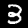
Label: 3